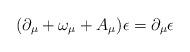
LaTeX: \begin{align*}(\partial_\mu +\omega_\mu + A_\mu)\epsilon=\partial_\mu\epsilon\end{align*}